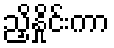
ညှိနှိုင်းကာ